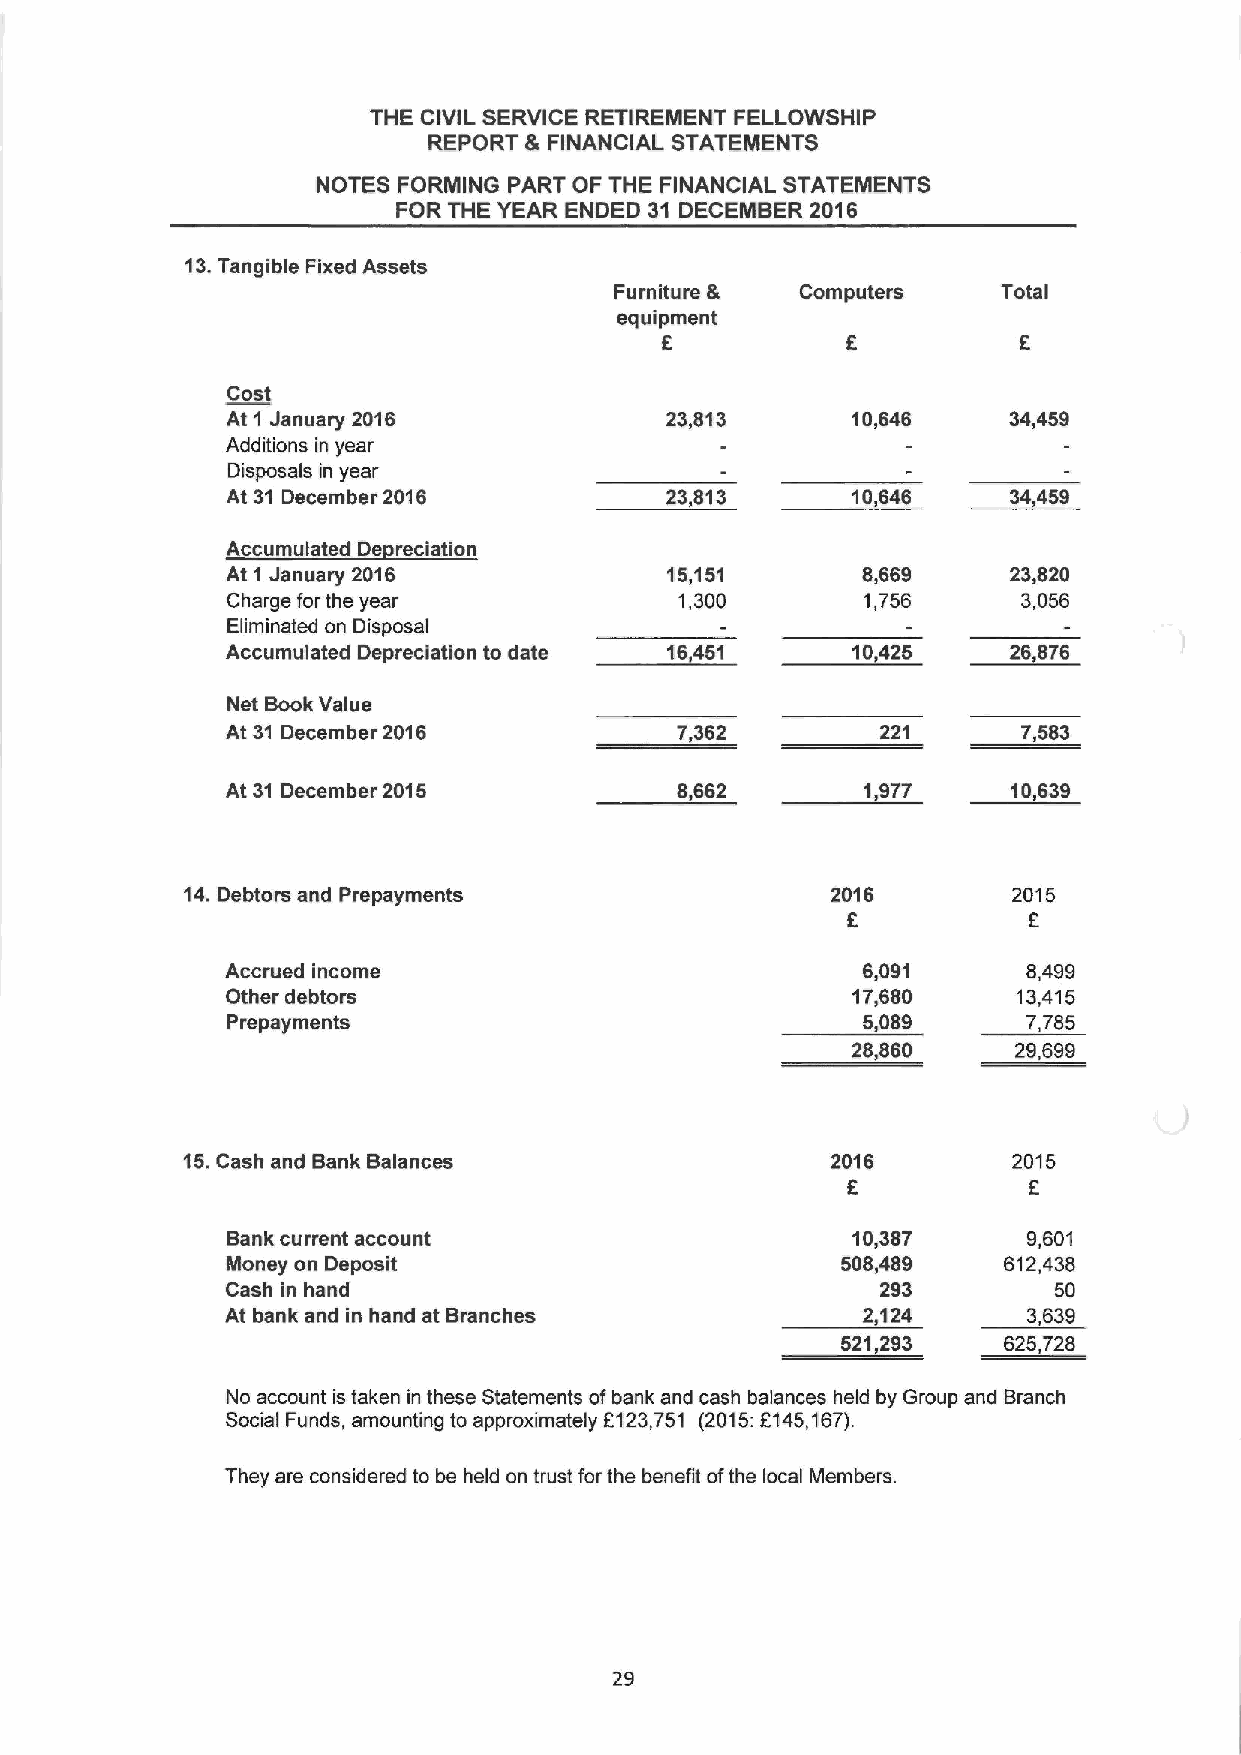
THE CIVIL SERVICE RETIREMENT FELLOWSHIP
 REPORT 8 FINANCIAL STATEMENTS
 NOTES FORMING PART OF THE FINANCIAL STATEMENTS
 FOR THE YEAR ENDED 31 DECEMBER 2016
 13.Tangible Fixed Assets
 Furniture & Computers    Total
 equipment
 5
 Cost
 At 1 January 2016            23,813      10,646     34,459
 Additions in year
 Disposals in year
 At 31 December 2016          23,813      10,646     34,459
 Accumulated De reciation
 At 1 January 2016            15,151       8,669     23,820
 Charge for the year           1,300       1,756      3,056
 Eliminated on Disposal
 Accumulated Depreciation to date 16,451  10,425     26,876
 Net Book Value
 At 31 December 2016           7,362        221       7,583
 At 31 December 2015           8,662       1,977     10,639
 14.Debtors and Prepayments                 2016        2015
 F           6
 Accrued income                            6,091      8,499
 Other debtors                            17,680     13,415
 Prepayments                               5,089      7,785
 28,860     29,699
 15.Cash and Bank Balances                  2016        2015
 F           E
 Bank current account                     10,387      9,501
 Money on Deposit                         508,489   612,438
 Cash in hand                               293         50
 At bank and in hand at Branches           2,124      3,639
 521,293   625,728
 No account is taken in these Statements ofbank and cash balances held by Group and Branch
 Social Funds, amounting to approximately 6123,751 (2015:E145,167).
 They are considered to be held on trust for the benefit ofthe local Members.
 29